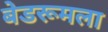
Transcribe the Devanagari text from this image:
बेडरूमला